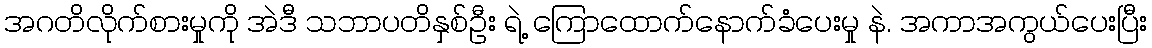
အဂတိလိုက်စားမှုကို အဲဒီ သဘာပတိနှစ်ဦး ရဲ့ ကြောထောက်နောက်ခံပေးမှု နဲ. အကာအကွယ်ပေးပြီး